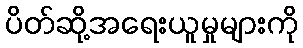
ပိတ်ဆို့အရေးယူမှုများကို